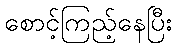
စောင့်ကြည့်နေပြီး